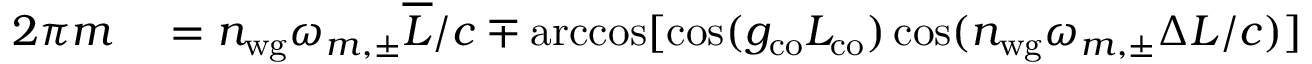
\begin{array} { r l } { 2 \pi m } & { { } = n _ { \mathrm { w g } } \omega _ { m , \pm } \overline { { L } } / c \mp \operatorname { a r c c o s } [ \cos ( g _ { \mathrm { c o } } L _ { \mathrm { c o } } ) \cos ( n _ { \mathrm { w g } } \omega _ { m , \pm } \Delta L / c ) ] } \end{array}